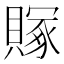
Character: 𬥥